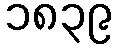
၁၈၃၉